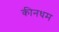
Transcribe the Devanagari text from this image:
कीनधम